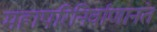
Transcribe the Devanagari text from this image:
महापरिनिर्वाणानंत